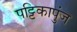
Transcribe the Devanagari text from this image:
पट्टिकापुंज